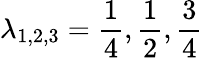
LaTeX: \lambda_{1,2,3}=\frac{1}{4},\frac{1}{2},\frac{3}{4}